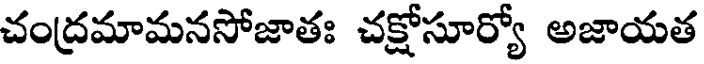
చంద్రమామనసోజాతః చక్షోసూర్యో అజాయత